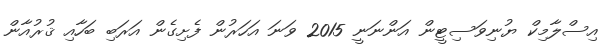
އިސްލާމިކް ޔުނިވަސިޓީން އަންނަނީ 2015 ވަނަ އަހަރުން ފެށިގެން އަރަބި ބަހާއި ޤުރުއާން